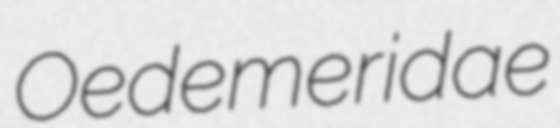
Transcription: Oedemeridae